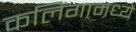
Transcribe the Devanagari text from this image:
कलिंगामध्ये